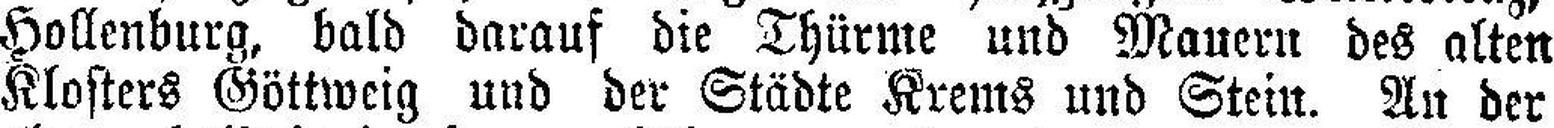
Hollenburg, bald darauf die Thürme und Mauern des alten